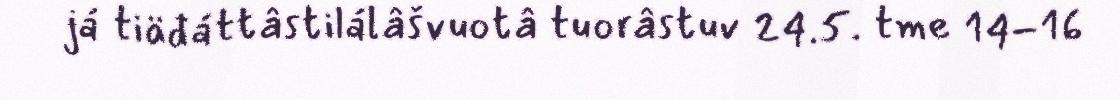
já tiäđáttâstilálâšvuotâ tuorâstuv 24.5. tme 14-16